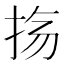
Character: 𫼟